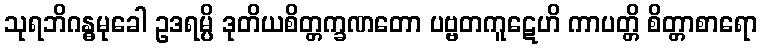
သုရဘိဂန္ဓမုခေါ ဥဒရမ္ပိ ဒုတိယစိတ္တက္ခဏတော ပဗ္ဗတကူဋေဟိ ကာပတ္တိ စိတ္တာစာရော